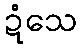
ဍံသေ